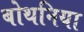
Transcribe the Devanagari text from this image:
बोथनिया